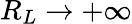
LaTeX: R_{L}\rightarrow+\infty